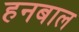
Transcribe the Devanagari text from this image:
हनबाल